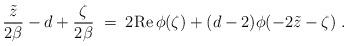
LaTeX: \begin{align*}{\tilde{z}\over 2\beta}-d+{\zeta\over 2\beta}\;=\;2{\rm Re}\,\phi(\zeta)+(d-2)\phi(-2\tilde{z}-\zeta)\;.\end{align*}